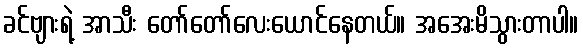
ခင်ဗျားရဲ့ အာသီး တော်တော်လေးယောင်နေတယ်။ အအေးမိသွားတာပါ။